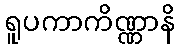
ရူပကာကိဏ္ဏာနိ